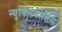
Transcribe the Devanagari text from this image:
न्युक्लियोसिस